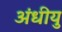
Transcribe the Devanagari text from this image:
अंधीयु